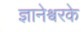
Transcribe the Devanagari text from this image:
ज्ञानेश्वरके